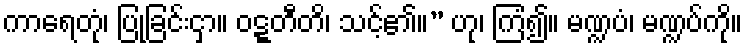
ကာရေတုံ၊ ပြုခြင်းငှာ။ ဝဋ္ဋတီတိ၊ သင့်၏။” ဟု၊ ကြံ၍။ မဏ္ဍပံ၊ မဏ္ဍပ်ကို။